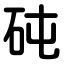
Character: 砘